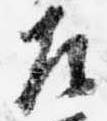
左